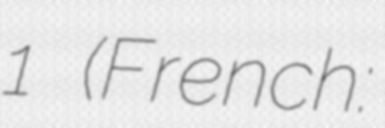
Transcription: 1 (French: